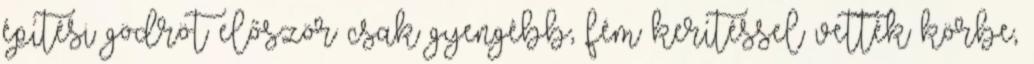
építési gödröt először csak gyengébb, fém kerítéssel vették körbe,